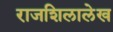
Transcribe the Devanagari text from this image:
राजशिलालेख